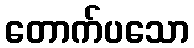
တောက်ပသော